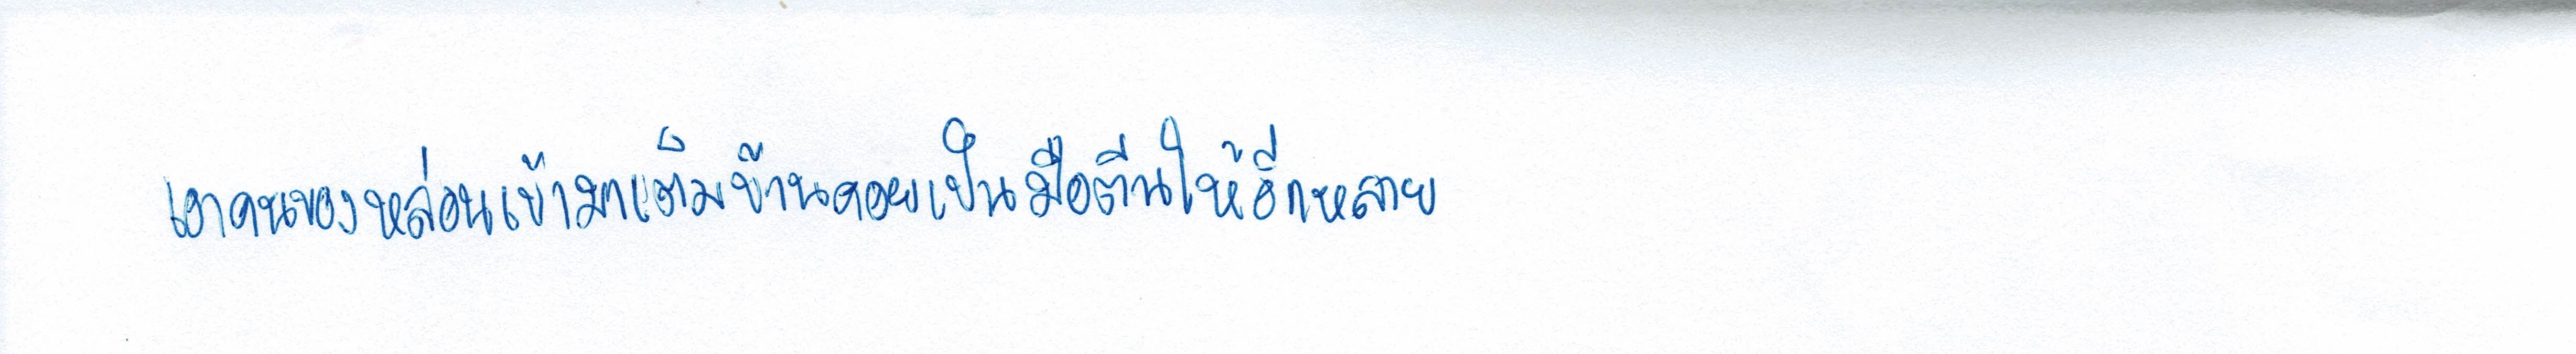
เอาคนของหล่อนเข้ามาเต็มบ้านคอยเป็นมือตีนให้อีกหลาย